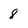
Character: 8